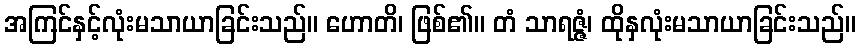
အကြင်နှင့်လုံးမသာယာခြင်းသည်။ ဟောတိ၊ ဖြစ်၏။ တံ သာရဇ္ဇံ၊ ထိုနှလုံးမသာယာခြင်းသည်။